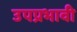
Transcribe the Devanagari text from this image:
उपप्रभावी